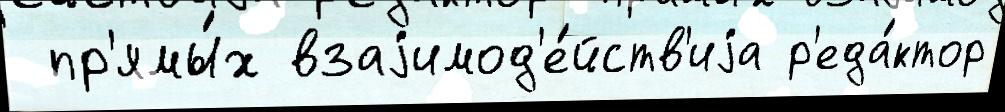
 пр'ямы́х взаjимод'е́йств'иjа р'еда́ктор